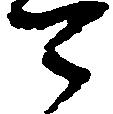
可